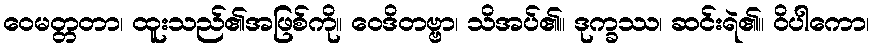
ဝေမတ္တတာ၊ ထူးသည်၏အဖြစ်ကို။ ဝေဒိတဗ္ဗာ၊ သိအပ်၏။ ဒုက္ခဿ၊ ဆင်းရဲ၏။ ဝိပါကော၊